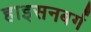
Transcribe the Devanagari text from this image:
हाइसनबर्ग